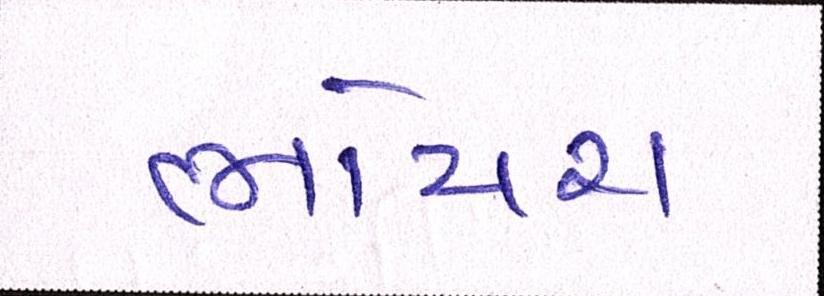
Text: ભોયરા